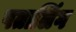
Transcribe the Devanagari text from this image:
पतालिंग